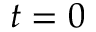
t = 0